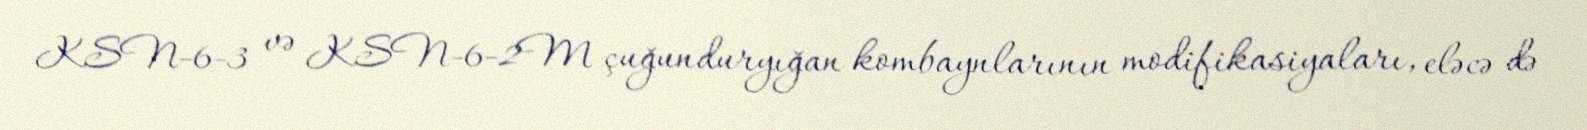
KSN-6-3 və KSN-6-2M çuğunduryığan kombaynlarının modifikasiyaları, eləcə də